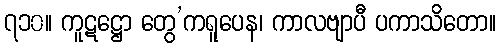
၇၁၀။ ကူဋဋ္ဌော တွေ’ကရူပေန၊ ကာလဗျာပီ ပကာသိတော။